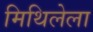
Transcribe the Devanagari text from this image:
मिथिलेला